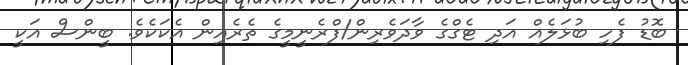
ބޮޑު ފެހި ބުޅަލެއް އަދި ޓެގްގެ ވާދަވެރިން/ފްރެނީމީގެ ތެރެއިން އެކަކެވެ. ބީންސް އަކީ